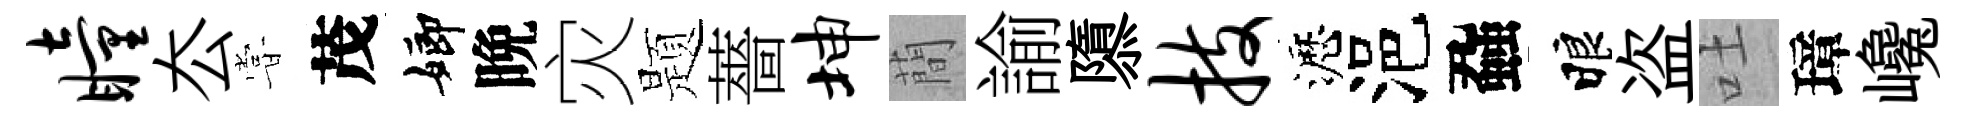
瞳厺甞茂嫏晩灾题薔坤蕳諭隳技瀝浥蝨睱盗吐璋巉